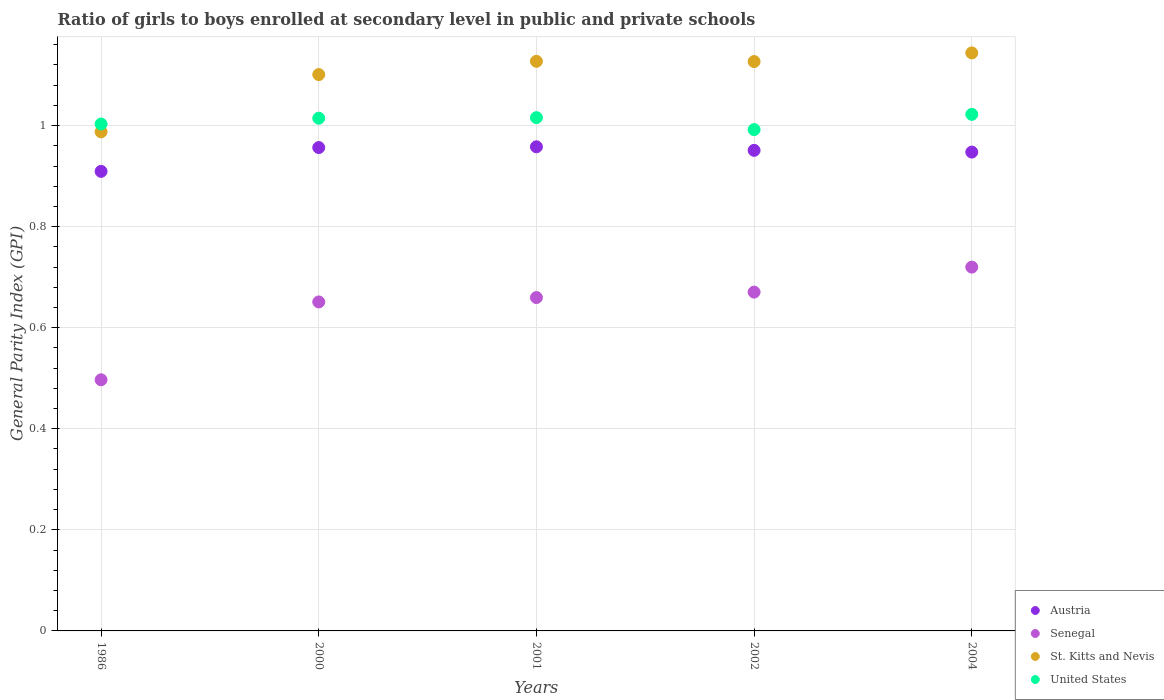
| Years | Austria | Senegal | St. Kitts and Nevis | United States |
 | --- | --- | --- | --- | --- |
 | 1986 | 0.909 | 0.497 | 0.988 | 1 |
 | 2000 | 0.956 | 0.651 | 1.1 | 1.01 |
 | 2001 | 0.958 | 0.66 | 1.13 | 1.02 |
 | 2002 | 0.951 | 0.67 | 1.13 | 0.992 |
 | 2004 | 0.948 | 0.72 | 1.14 | 1.02 |